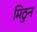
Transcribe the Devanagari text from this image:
मिठुन